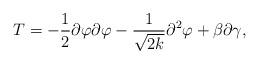
LaTeX: \begin{align*}T=-\frac{1}{2}\partial \varphi \partial \varphi -\frac{1}{\sqrt{2k}}\partial^2\varphi +\beta\partial \gamma,\end{align*}